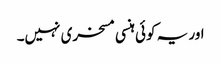
اور یہ کوئی ہنسی مسخری نہیں۔